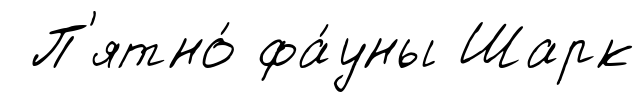
П'ятно́ фа́уны Шарк